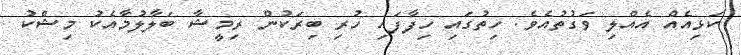
ކަޅިއެއް އެއްލި ވަގުތުއެވެ. ހިތުގައި ހިފާފައި ހުރި ބިރަކުން ރިމީޝާ ބަލާލުމާއެކު މިޝްކު